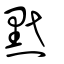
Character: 黓